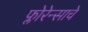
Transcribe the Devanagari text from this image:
फ्लोरेन्साचे